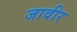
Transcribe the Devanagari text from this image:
जावीर